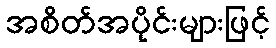
အစိတ်အပိုင်းများဖြင့်